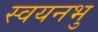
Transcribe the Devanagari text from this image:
स्वयनभु